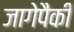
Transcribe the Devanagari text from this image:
जागेपैकी